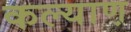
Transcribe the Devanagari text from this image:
कल्याण़